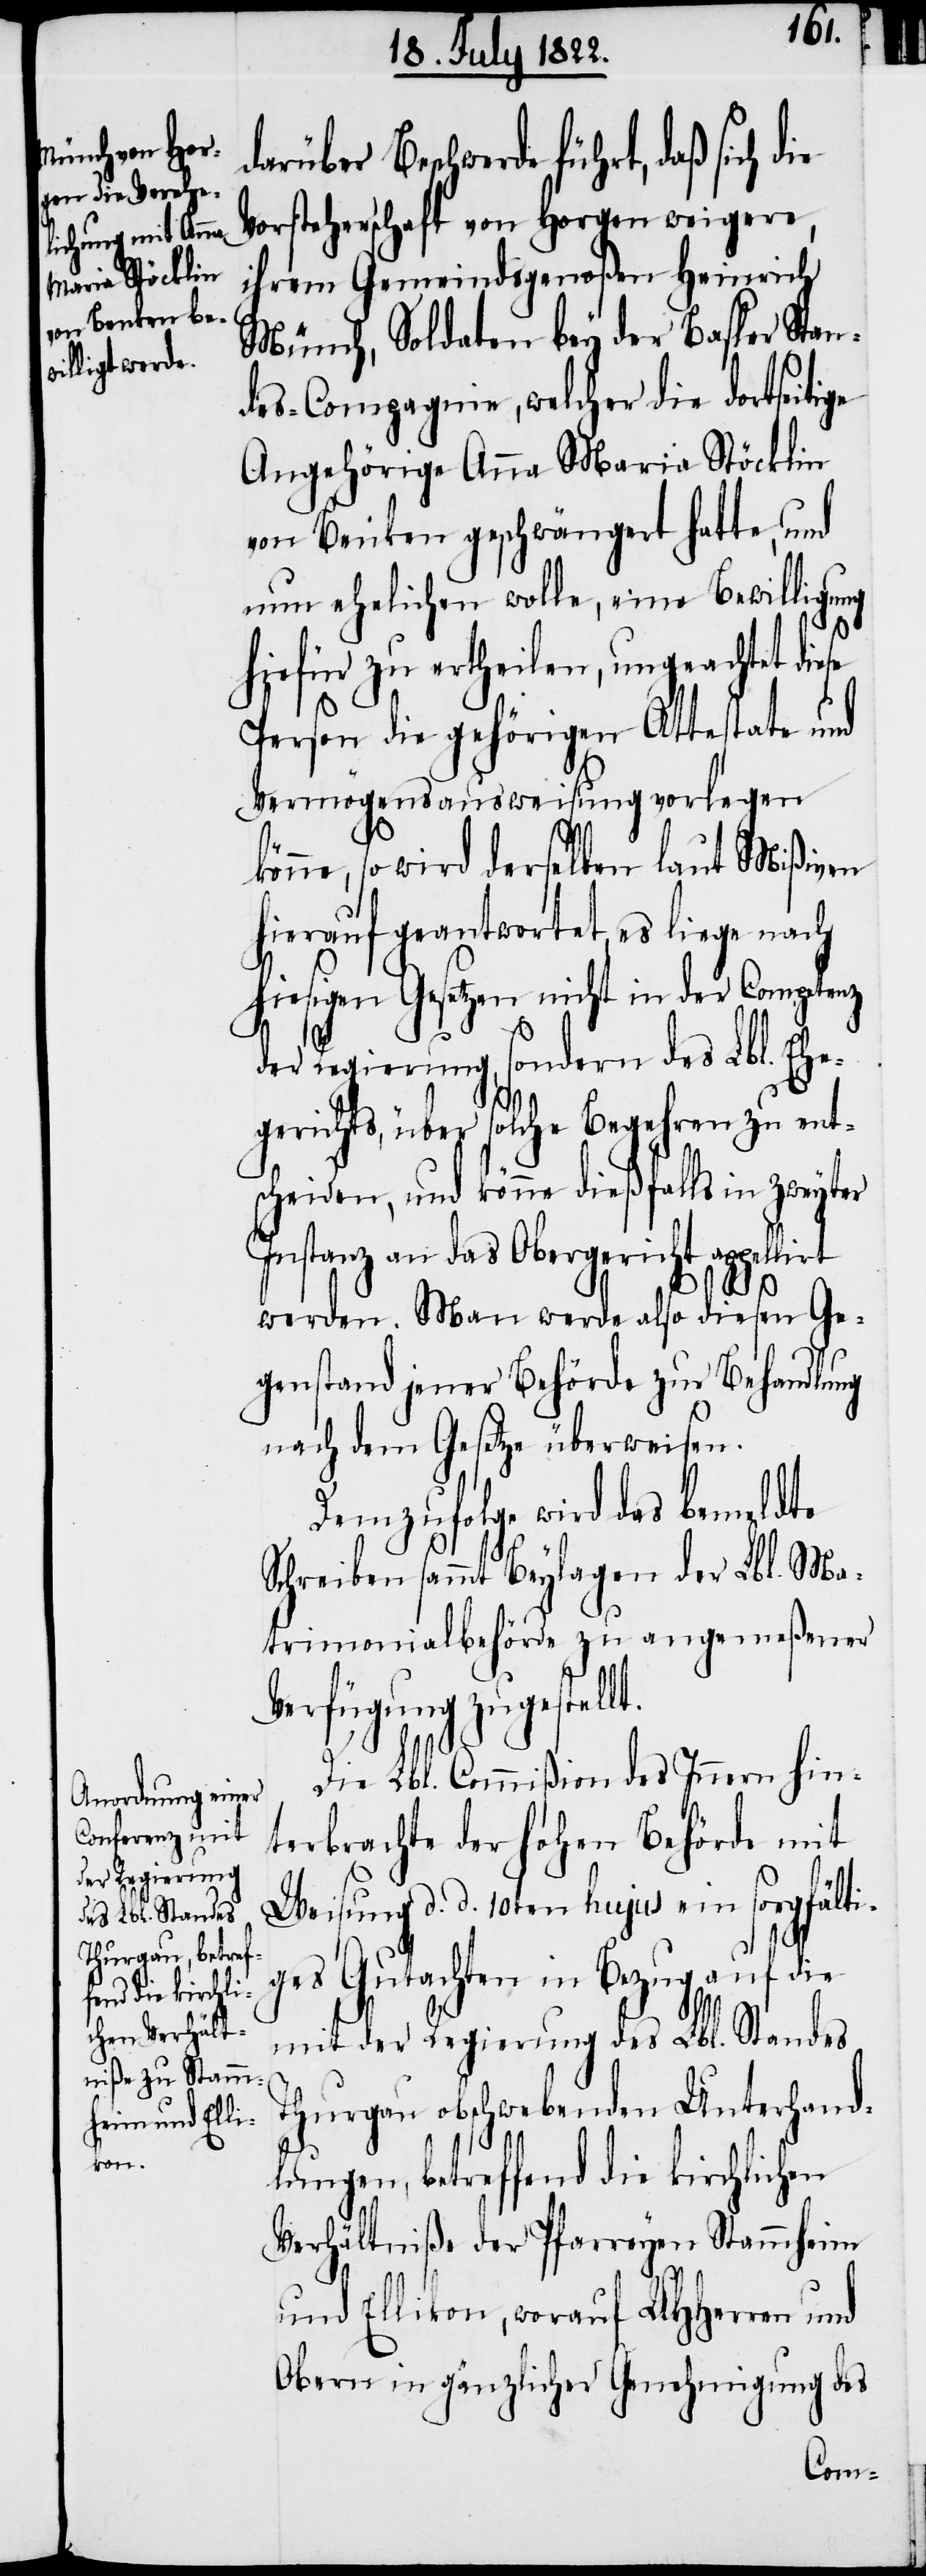
darüber Beschwerde führt, daß sich die
Vorsteherschaft von Horgen weigere,
ihrem Gemeindsgenoßen Heinrich
Münch, Soldaten bey der Basler Stan¬
des-Compagnie, welcher die dortseitige
Angehörige Anna Maria Stöcklin
von Benken geschwängert hatte, und
nun ehelichen wolle, eine Bewilligung
hiefür zu ertheilen, ungeachtet die¬
Person die gehörigen Attestate und
Vermögensausweisung vorlegen
könne, so wird derselben laut Mißiven
hierauf geantwortet, es liege nach
hiesigen Gesetzen nicht in der Competenz
der Regierung, sondern des Lbl. Ehe¬
gerichts, über solche Begehren zu ent¬
scheiden, und könne dießfalls in zweyter
Instanz an das Obergericht appellirt
en
werden. Man werde also diesen Ge¬
genstand jener Behörde zur Behandlung
nach dem Gesetze überweisen.
Demzufolge wird das bemeldte
Schreiben sammt Beylagen der Lbl. Ma¬
trimonialbehörde zu angemeßener
Verfügung zugestellt.
Die Lbl. Commißion des Innern hin¬
terbrachte der hohen Behörde mit
Weisung d. d. 10ten hujus ein sorgfälti¬
ges Gutachten in Bezug auf die
mit der Regierung des Lbl. Standes
Thurgau obschwebenden Unterhand¬
lungen, betreffend die kirchlich¬
Verhältniße der Pfarreyen Stammheim
und Ellikon, worauf UHHerrn und
Obern in gänzlicher Genehmigung des